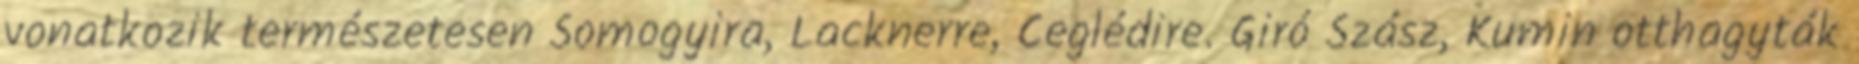
vonatkozik természetesen Somogyira, Lacknerre, Ceglédire. Giró Szász, Kumin otthagyták